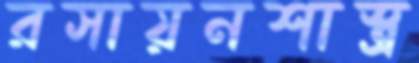
রসায়নশাস্ত্র